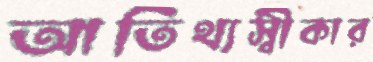
আতিথ্যস্বীকার